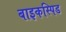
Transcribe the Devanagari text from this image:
बाइकस्पिड